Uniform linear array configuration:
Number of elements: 64
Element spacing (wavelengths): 0.25
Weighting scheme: cosine
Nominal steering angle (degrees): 15
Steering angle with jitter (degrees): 15.681
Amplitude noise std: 0.05
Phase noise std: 0.05

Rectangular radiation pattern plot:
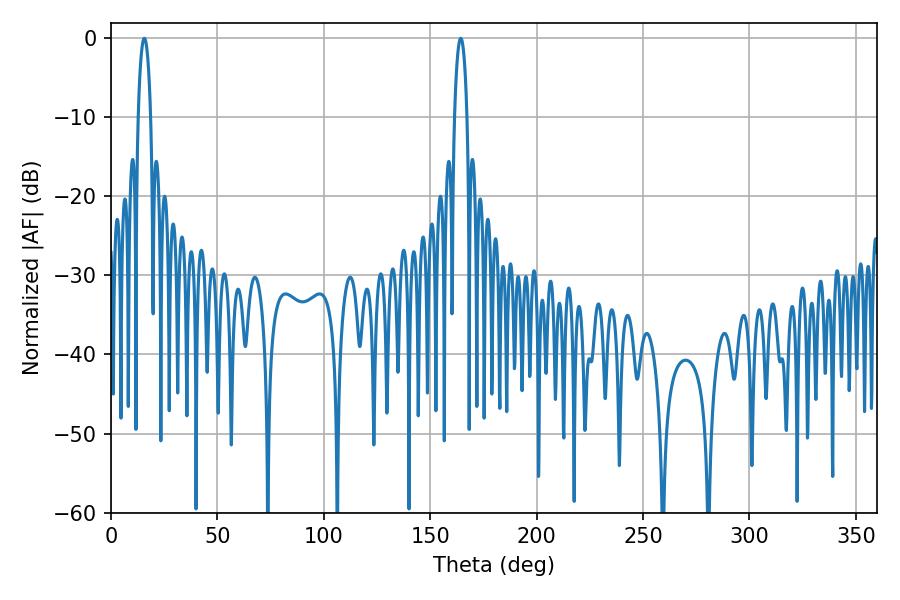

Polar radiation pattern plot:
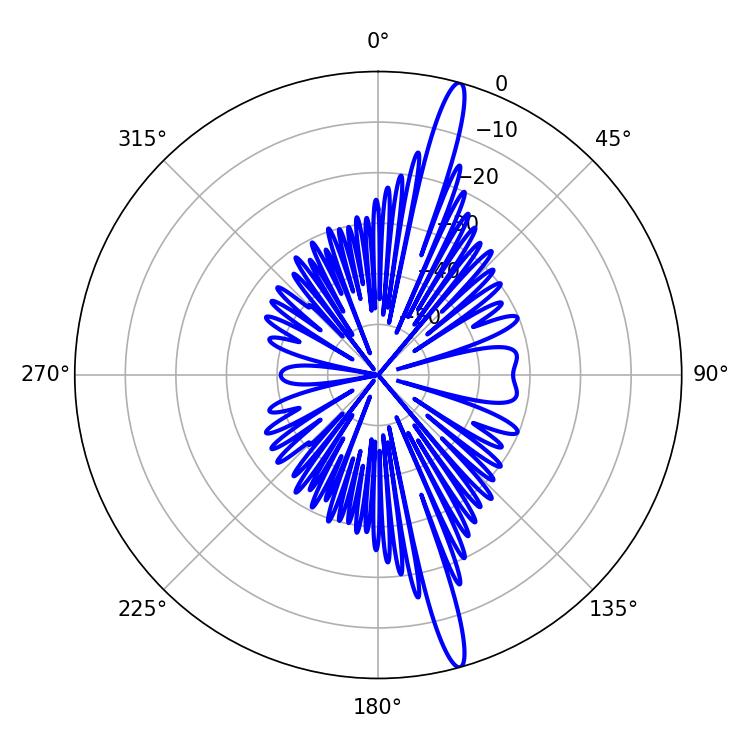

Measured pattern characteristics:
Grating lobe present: FALSE
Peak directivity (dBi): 17.499
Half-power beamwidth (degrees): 3.24
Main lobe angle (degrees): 15.66